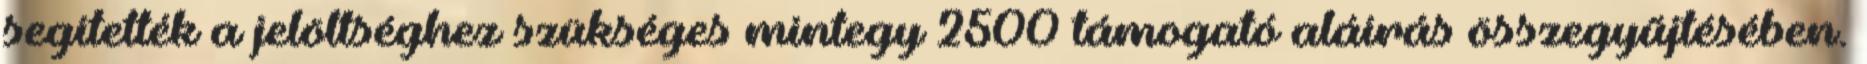
segítették a jelöltséghez szükséges mintegy 2500 támogató aláírás összegyűjtésében.